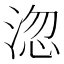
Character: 淴